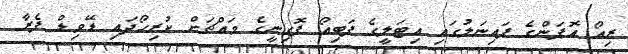
ރިއޯ އޮޕަންގެ ފައިނަލުގައި އިޓަލީގެ ފަބިއޯ ފޮގިނީގެ މައްޗަށް ކުރިހޯދައި ޑޭވިޑް ފެރާ